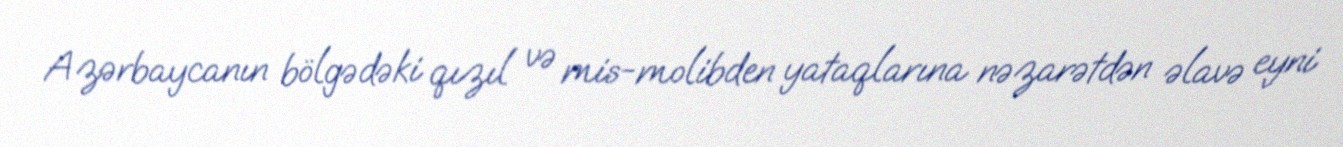
Azərbaycanın bölgədəki qızıl və mis-molibden yataqlarına nəzarətdən əlavə eyni